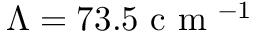
\Lambda = 7 3 . 5 \mathrm { ~ c ~ m ~ } ^ { - 1 }